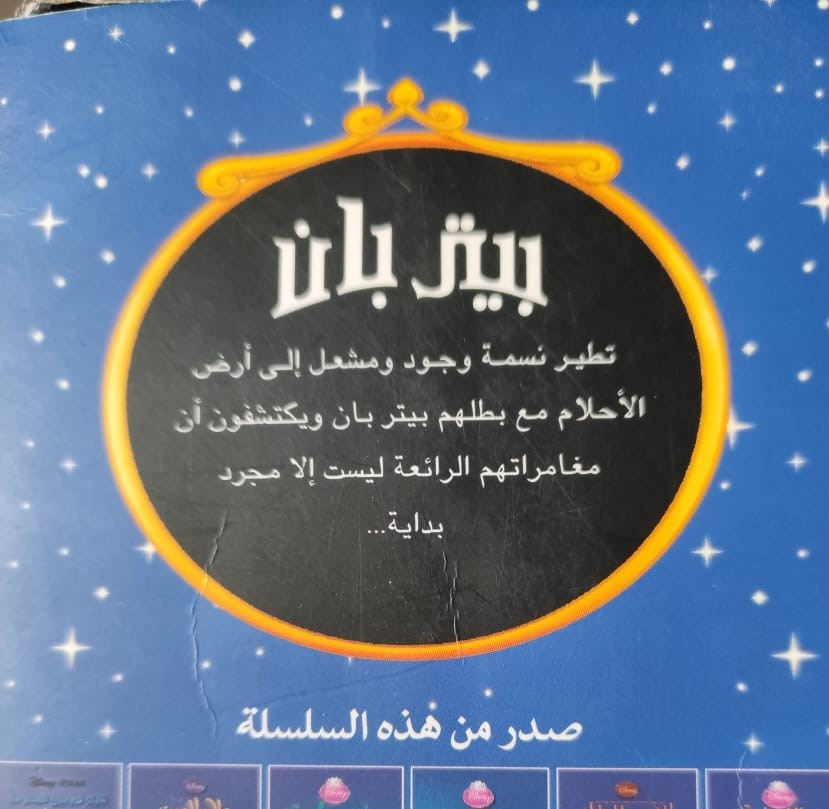
Text in image: بان بيتر تطير نسمة ومشعل أرض إلى وجود الأحلام أن بطلهم بان ويكتشفون بيتر مع مغامراتهم الرائعة ليست إلا مجرد بداية السلسلة هذه من صدر